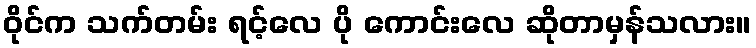
ဝိုင်က သက်တမ်း ရင့်လေ ပို ကောင်းလေ ဆိုတာမှန်သလား။